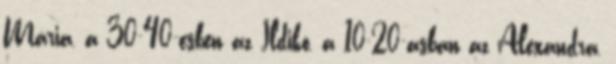
Mária, a 30-40-esben az Ildikó, a 10-20-asban az Alexandra,